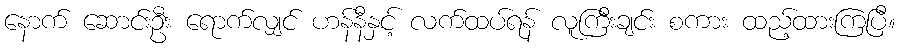
နောက် ဆောင်းဦး ရောက်လျှင် ဟန်နီနှင့် လက်ထပ်ရန် လူကြီးချင်း စကား ထည့်ထားကြပြီ။